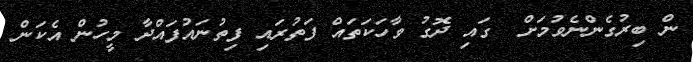
ން ބިރުގެންނެވުމަށް  ގައި ދޮގު ވާހަކަތައް ފަތުރައި ފިތުނައުފައްދާ މީހުން އެކަން